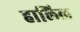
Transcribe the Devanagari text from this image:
हालिल